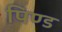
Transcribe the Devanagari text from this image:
पिण्‍ड